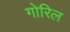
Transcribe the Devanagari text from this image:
गोरिल